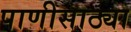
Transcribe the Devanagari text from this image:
पाणीसाठ्या